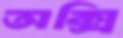
অক্সি